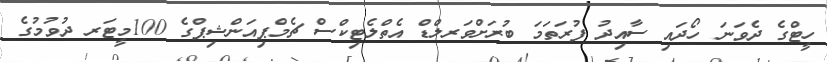
ހީޓްގެ ދެވަނަ ހޯދައި ސާއިދު ފުރަތަމަ ބުރަށްވަރލްޑް އެތްލެޓިކްސް ޗެމްޕިއަންޝިޕްގެ 100މީޓަރ ދުވުމުގެ